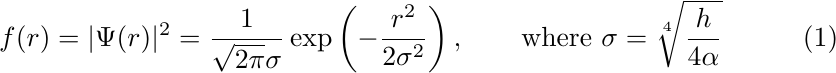
\begin{equation}
	f(r)=|\Psi(r)|^2=\dfrac{1}{\sqrt{2\pi}\sigma}\exp\left(-\frac{r^2}{2\sigma^2}\right),\qquad \text{where}\,\,\sigma=\sqrt[4]{\dfrac{h}{4\alpha}}
\end{equation}